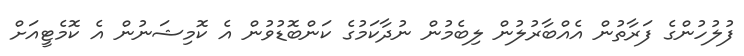
ފުލުހުންގެ ފަރާތުން އެއްބާރުލުން ލިބެމުން ނުދާކަމުގެ ކަންބޮޑުވުން އެ ކޮމިޝަނުން އެ ކޮމެޓީއަށް